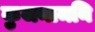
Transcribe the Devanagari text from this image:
कुजनामनि